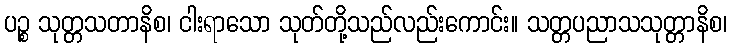
ပဉ္စ သုတ္တသတာနိစ၊ ငါးရာသော သုတ်တို့သည်လည်းကောင်း။ သတ္တပညာသသုတ္တာနိစ၊